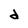
Character: d